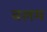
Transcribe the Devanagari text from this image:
वलम